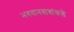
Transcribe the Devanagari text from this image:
भगवानबाबांकडे